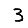
Digit: 3